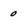
Character: o